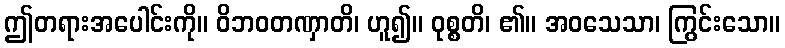
ဤတရားအပေါင်းကို။ ဝိဘဝတဏှာတိ၊ ဟူ၍။ ဝုစ္စတိ၊ ၏။ အဝသေသာ၊ ကြွင်းသော။